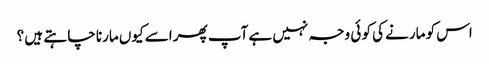
اس کو مارنے کی کو ئی وجہ نہیں ہے آپ پھر اسے کیوں مارنا چا ہتے ہیں ؟